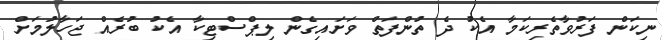
ނިކަން ފަރުވާތެރިކަމާ އެކު ދެ ތުންފަތް ވަށައިގެން ލިޕްސްޓިކާ އެކު ބުރެއް ޖަހާލުމަށް